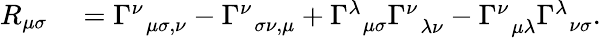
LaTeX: \begin{array}{rl}{R_{\mu\sigma}}&{{}=\Gamma_{\, \, \, \mu\sigma,\nu}^{\nu}-\Gamma_{\, \, \, \sigma\nu,\mu}^{\nu}+\Gamma_{\, \, \, \mu\sigma}^{\lambda}\Gamma_{\, \, \, \lambda\nu}^{\nu}-\Gamma_{\, \, \, \mu\lambda}^{\nu}\Gamma_{\, \, \, \nu\sigma}^{\lambda}.}\end{array}